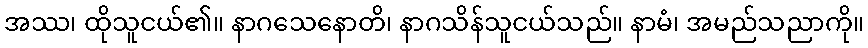
အဿ၊ ထိုသူငယ်၏။ နာဂသေနောတိ၊ နာဂသိန်သူငယ်သည်။ နာမံ၊ အမည်သညာကို။